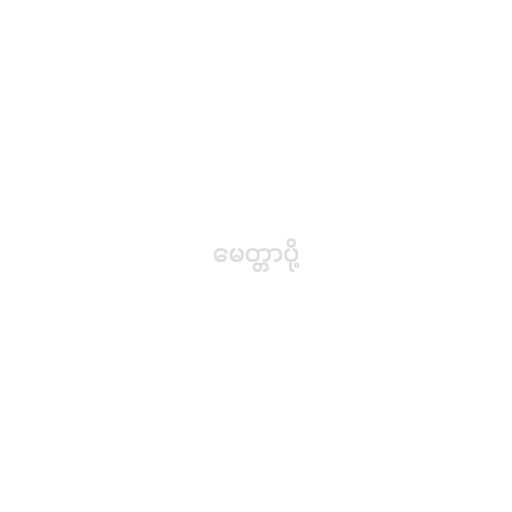
မေတ္တာပို့